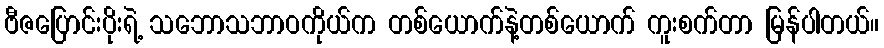
ဗီဇပြောင်းပိုးရဲ့ သဘောသဘာဝကိုယ်က တစ်ယောက်နဲ့တစ်ယောက် ကူးစက်တာ မြန်ပါတယ်။